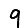
Digit: 9